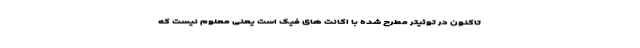
تاکنون در توئیتر مطرح شده با اکانت های فیک است یعنی معلوم نیست که